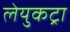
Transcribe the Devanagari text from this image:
लेयुकट्रा